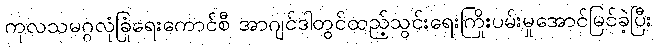
ကုလသမဂ္ဂလုံခြုံရေးကောင်စီ အာဂျင်ဒါတွင်ထည့်သွင်းရေးကြိုးပမ်းမှုအောင်မြင်ခဲ့ပြီး